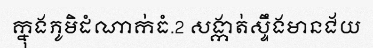
ក្នុងភូមិដំណាក់ធំ.2 សង្កាត់ស្ទឹងមានជ័យ